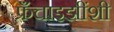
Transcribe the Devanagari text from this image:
फ्रँचाइझींशी